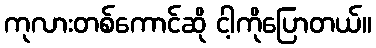
ကုလားတစ်ကောင်ဆို ငါ့ကိုပြောတယ်။